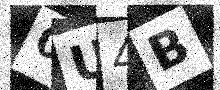
Text: 0U4B